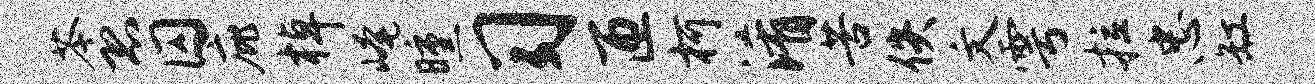
苓恐囚庇棹崦曛习匝柯淆苦佚文雩拉忠缸